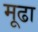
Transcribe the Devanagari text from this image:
मूढा